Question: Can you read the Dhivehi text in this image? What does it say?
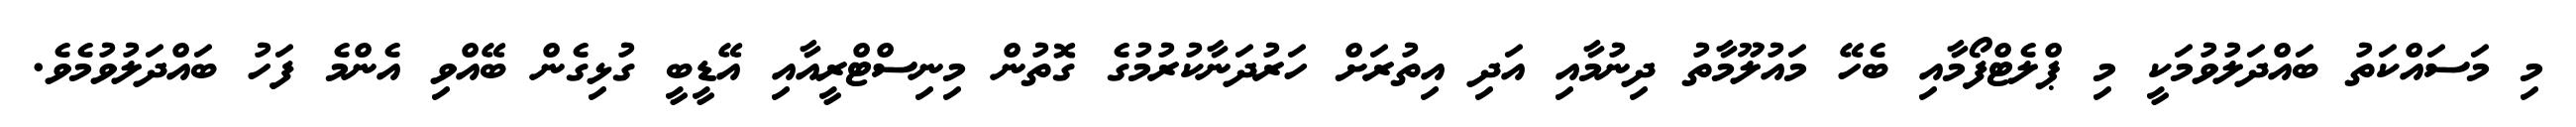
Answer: މި މަސައްކަތު ބައްދަލުވުމަކީ މި ޕްލެޓްފޯމާއި ބެހޭ މައުލޫމާތު ދިނުމާއި އަދި އިތުރަށް ހަރުދަނާކުރުމުގެ ގޮތުން މިނިސްޓްރީއާއި އޭޑީބީ ގުޅިގެން ބޭއްވި އެންމެ ފަހު ބައްދަލުވުމެވެ.